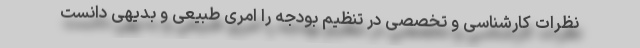
نظرات کارشناسی و تخصصی در تنظیم بودجه را امری طبیعی و بدیهی دانست